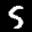
Label: 5